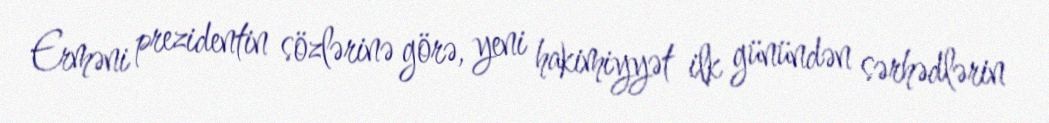
Erməni prezidentin sözlərinə görə, yeni hakimiyyət ilk günündən sərhədlərin